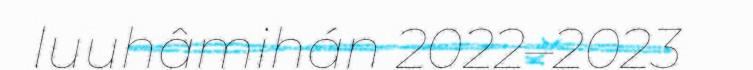
luuhâmihán 2022–2023